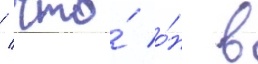
/ что́ о́н в